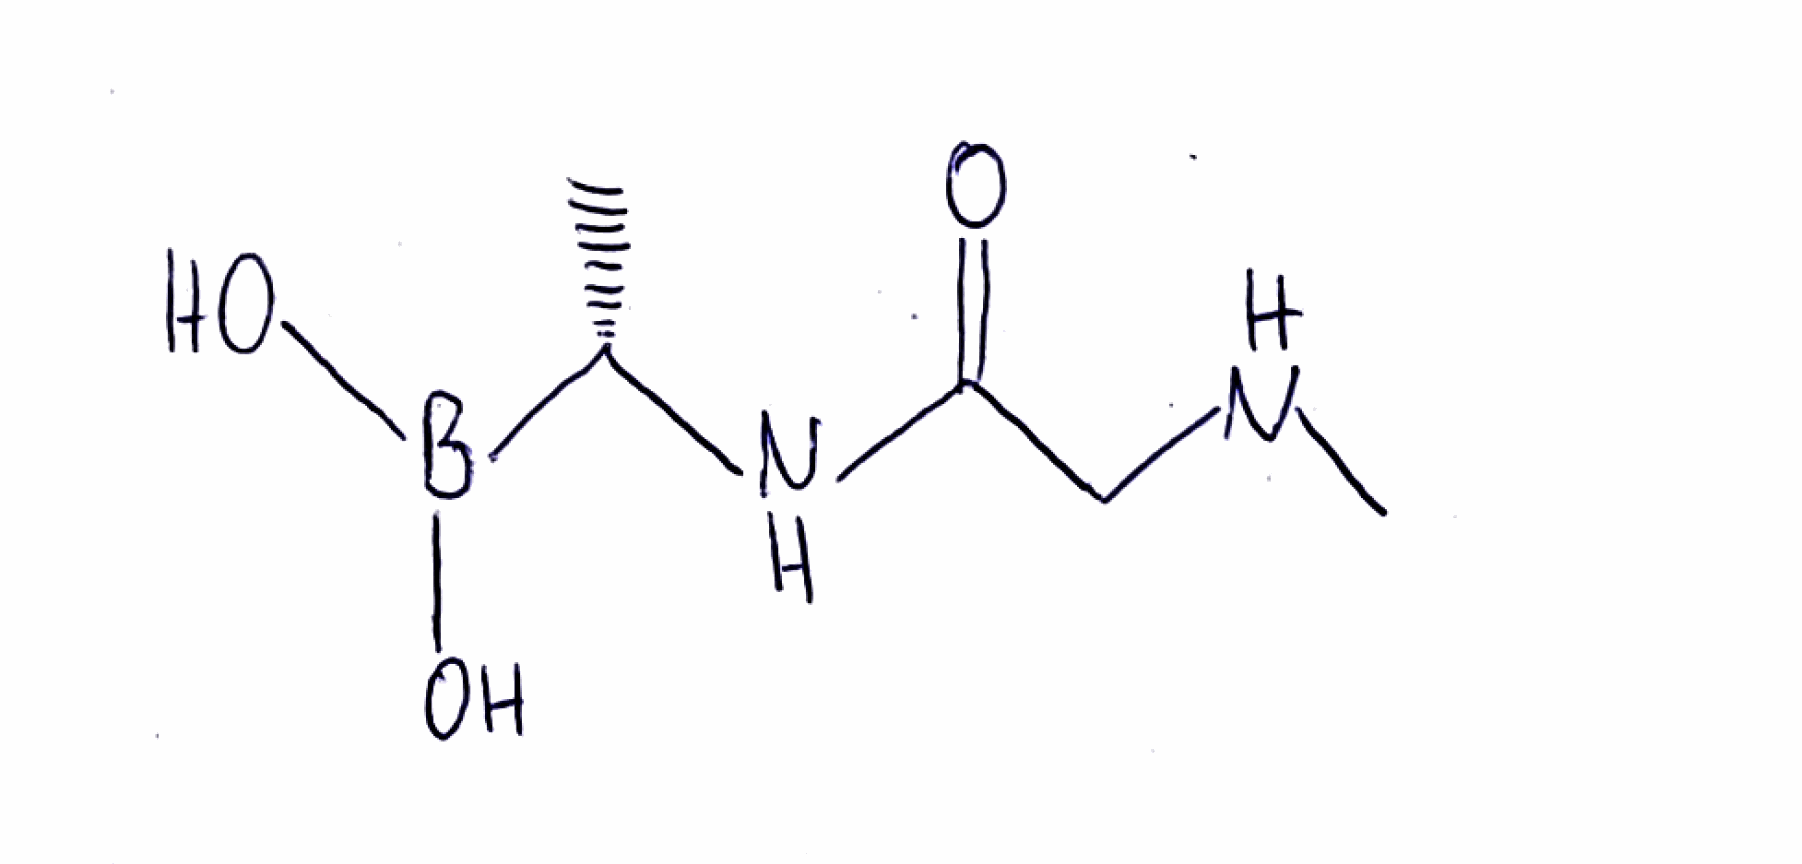
Simplified molecular-input line-entry system (SMILES) notation of the given molecule:
B([C@H](C)NC(=O)CNC)(O)O